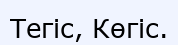
Тегіс, Көгіс.